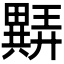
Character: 𬏖